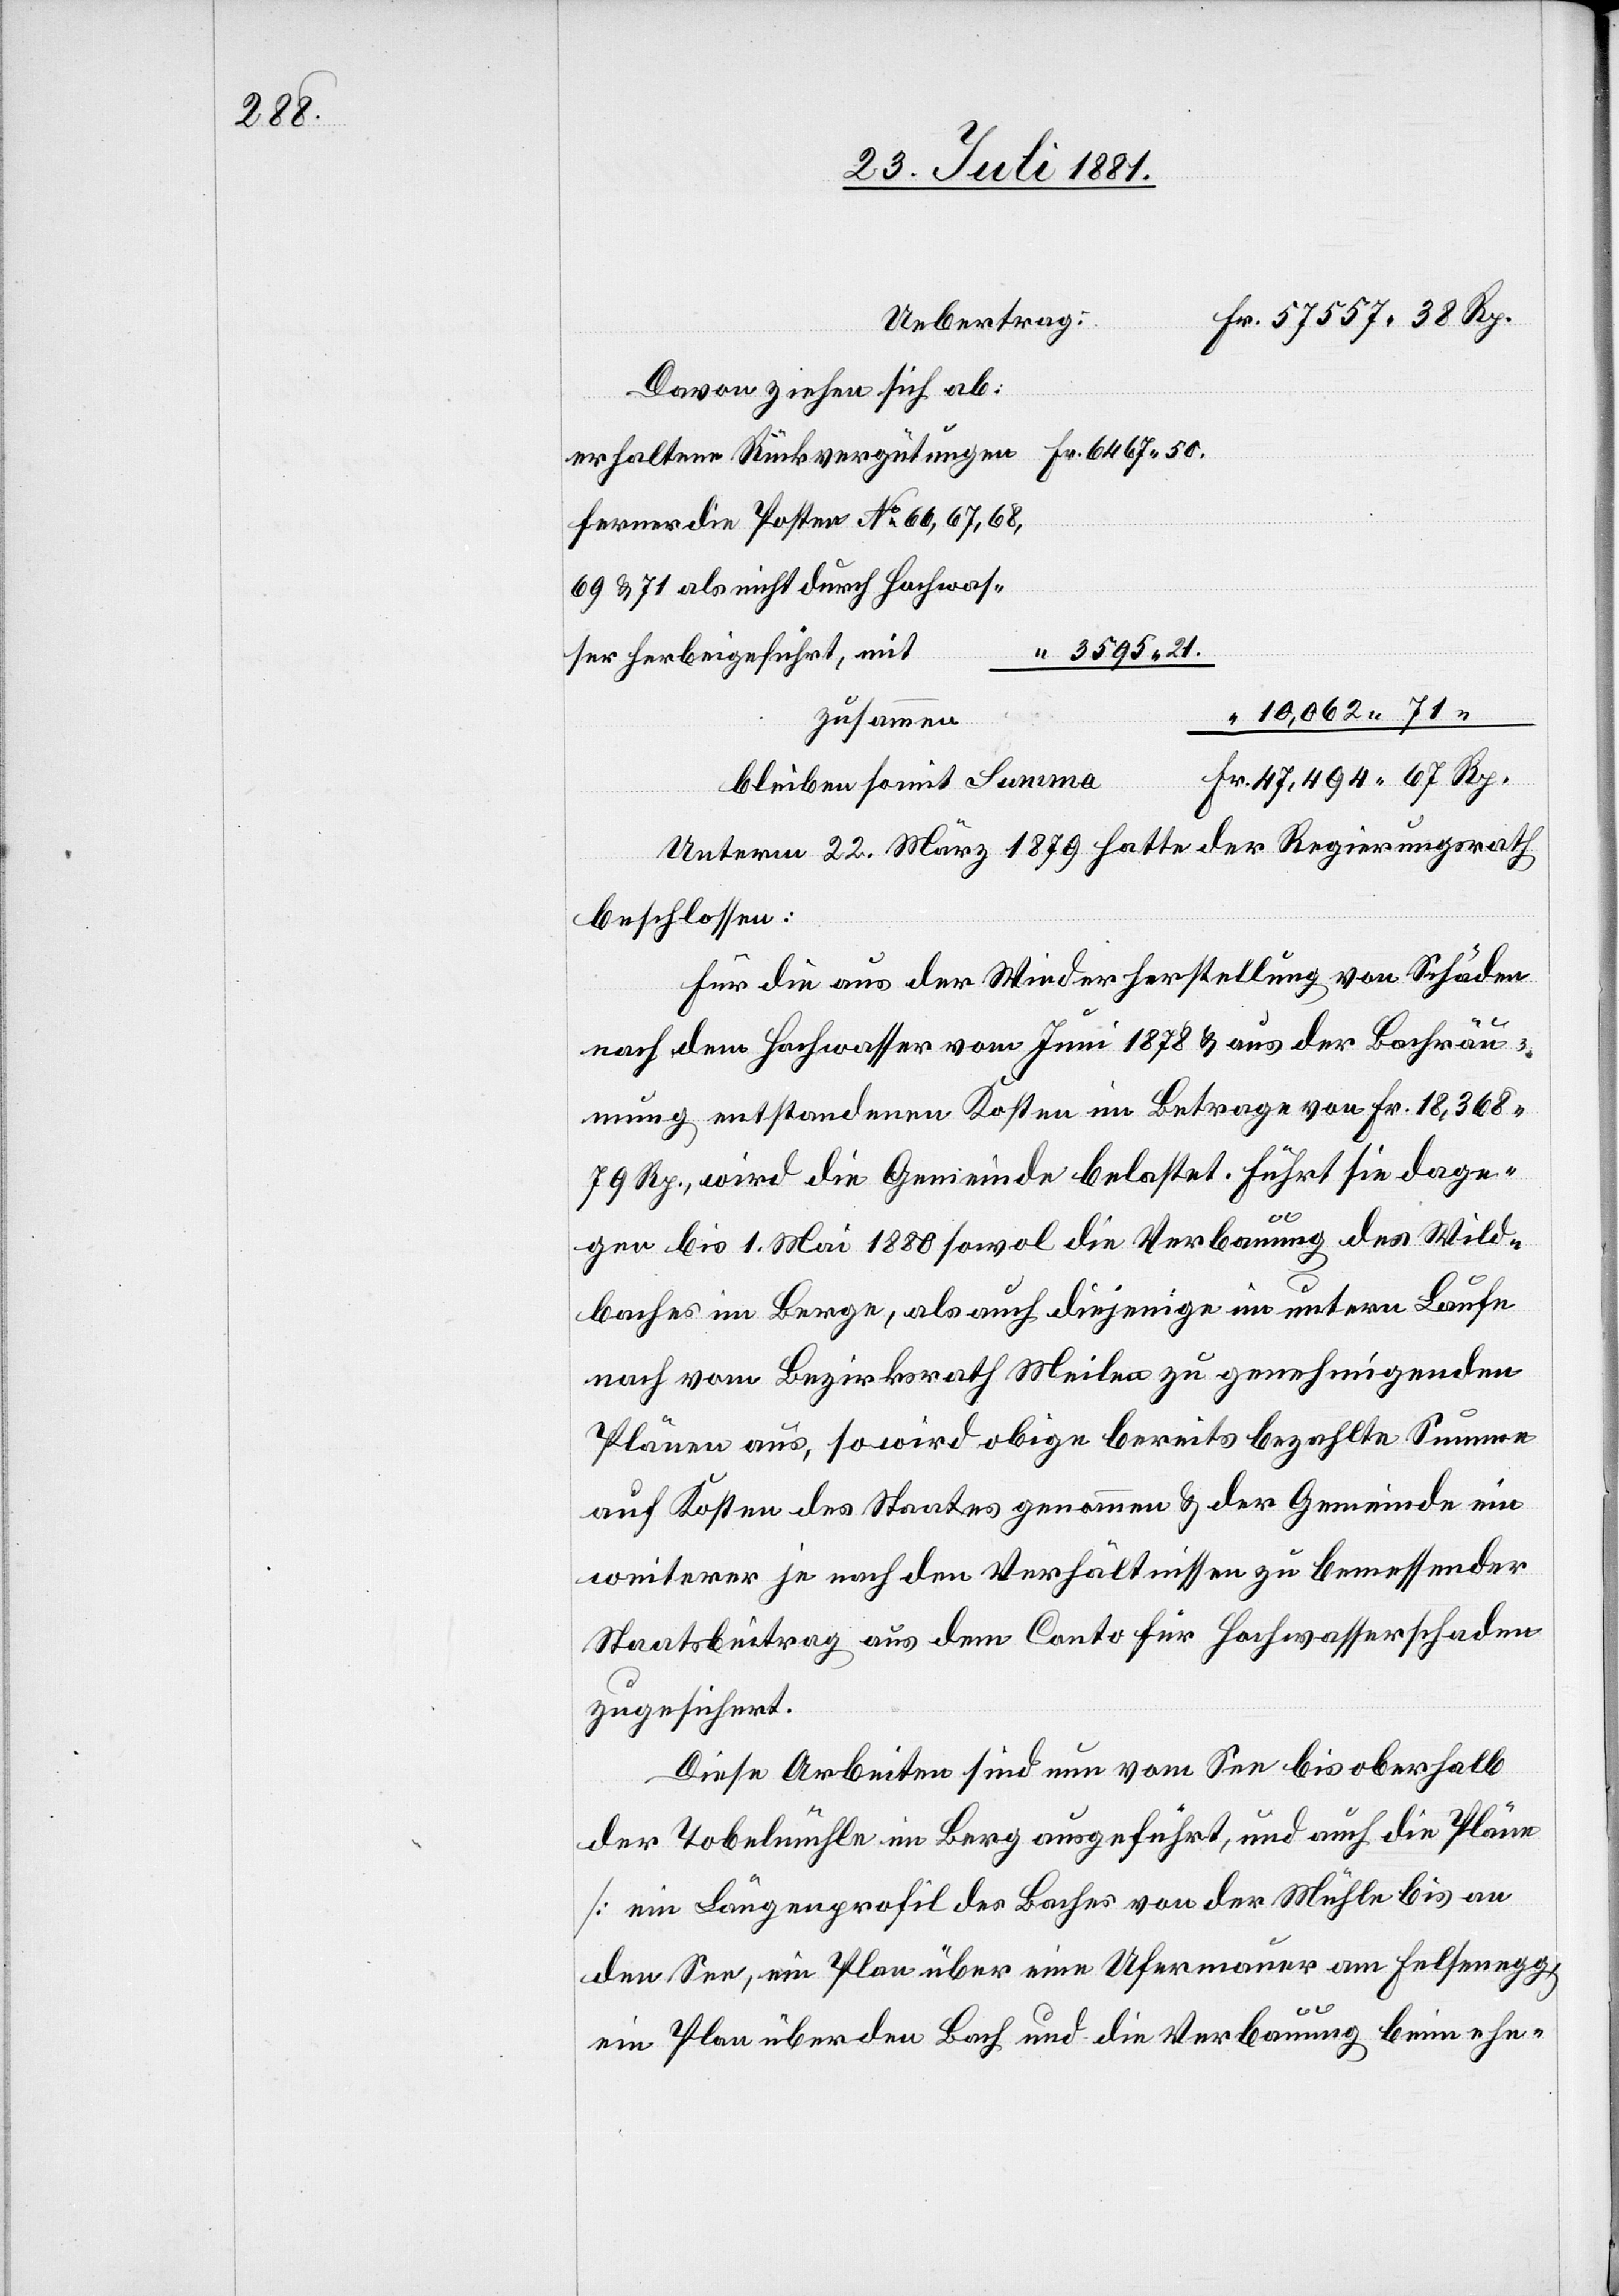
38 Rp.

Uebertrag
Davon ziehen sich ab:
ferner die Posten No 66, 67, 68,
69 & 71 als nicht durch Hochwas¬
3595 21
ser herbeigeführt, mit
10,062 71
zusammen
Fr. 47,494 67Rp.
6467
bleiben somit Summa
Unterm 22. März 1879 hatte der Regierungsrath
beschlossen:
Für die aus der Wiederherstellung von Schäden
nach dem Hochwasser vom Juni 1878 & aus der Bachräu¬
mung entstandenen Kosten im Betrag von Fr. 18,368
79 Rp., wird die Gemeinde belastet. Führt sie dage¬
gen bis 1. Mai 1880 sowol die Verbauung des Wild¬
baches im Berge, als auch diejenige im untern Laufe
nach vom Bezirksrath Meilen zu genehmigenden
Plänen aus, so wird obige bereits bezahlte Summe
auf Kosten des Staates genommen & der Gemeinde ein
weiterer je nach den Verhältnissen zu bemessender
Staatsbeitrag aus dem Conto für Hochwasserschaden
zugesichert.
Diese Arbeiten sind nun vom See bis oberhalb
der Tobelmühle im Berg ausgeführt, und auch die Pläne
[ein Längenprofil des Baches von der Mühle bis an
den See, ein Plan über eine Ufermauer am Felsenegg,
ein Plan über den Bach und die Verbauung beim ehe-